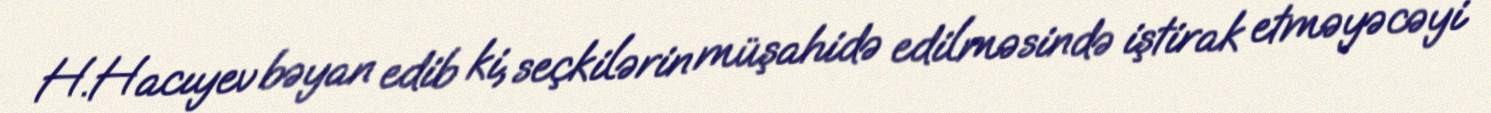
H.Hacıyev bəyan edib ki, seçkilərin müşahidə edilməsində iştirak etməyəcəyi